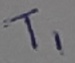
Text: T1